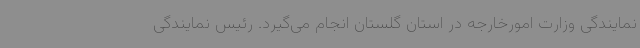
نمایندگی وزارت امورخارجه در استان گلستان انجام می‌گیرد. رئیس نمایندگی